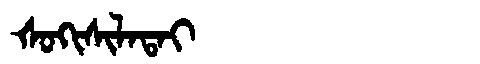
Manchu: ᡧᠣᡴᡳᠰᡳᠯᠠᡨᠠᡳ
Romanization: ŠOKISILATAI